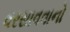
વરસાવવાનો